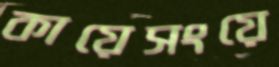
কায়েসংয়ে